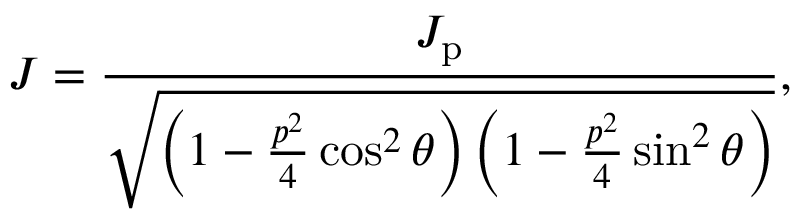
J = \frac { J _ { \mathrm { p } } } { \sqrt { \left( 1 - \frac { p ^ { 2 } } { 4 } \cos ^ { 2 } \theta \right) \left( 1 - \frac { p ^ { 2 } } { 4 } \sin ^ { 2 } \theta \right) } } ,